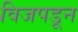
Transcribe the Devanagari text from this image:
विजपडून